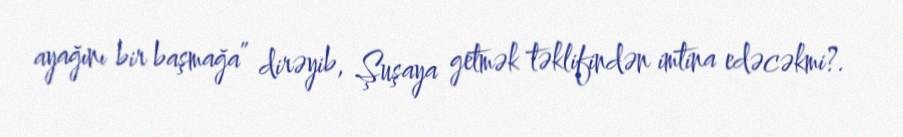
ayağını bir başmağa” dirəyib, Şuşaya getmək təklifindən imtina edəcəkmi?.